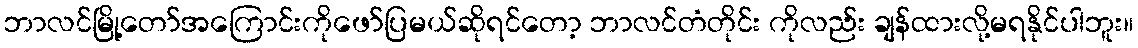
ဘာလင်မြို့တော်အကြောင်းကိုဖော်ပြမယ်ဆိုရင်တော့ ဘာလင်တံတိုင်း ကိုလည်း ချန်ထားလို့မရနိုင်ပါဘူး။